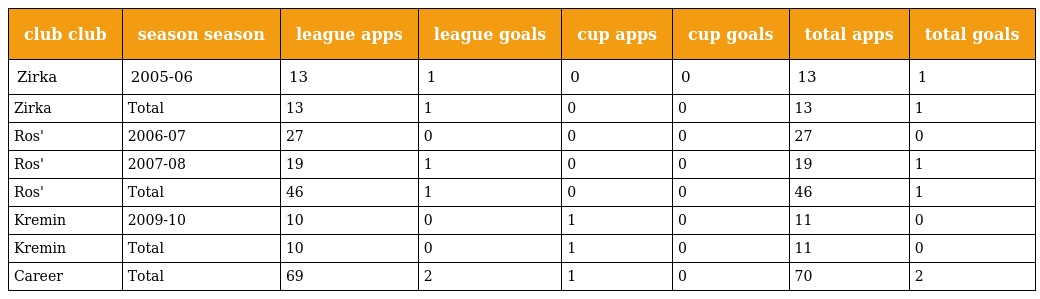
| club club | season season | league apps | league goals | cup apps | cup goals | total apps | total goals |
 | --- | --- | --- | --- | --- | --- | --- | --- |
 | Zirka | 2005-06 | 13 | 1 | 0 | 0 | 13 | 1 |
 | Zirka | Total | 13 | 1 | 0 | 0 | 13 | 1 |
 | Ros' | 2006-07 | 27 | 0 | 0 | 0 | 27 | 0 |
 | Ros' | 2007-08 | 19 | 1 | 0 | 0 | 19 | 1 |
 | Ros' | Total | 46 | 1 | 0 | 0 | 46 | 1 |
 | Kremin | 2009-10 | 10 | 0 | 1 | 0 | 11 | 0 |
 | Kremin | Total | 10 | 0 | 1 | 0 | 11 | 0 |
 | Career | Total | 69 | 2 | 1 | 0 | 70 | 2 |